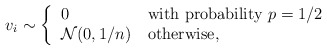
\begin{align*}v_i \sim \left\{\begin{tabular}{ll}0 & with probability $p=1/2$ \\$\mathcal{N}(0, 1/n)$ & otherwise,\end{tabular}\right.\end{align*}